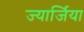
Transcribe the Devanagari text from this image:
ज्यार्जिया